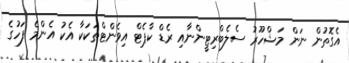
އެގޮތުން ނަން މަޝްހޫރު ސެލެބްރިޓީންނާއި ރެޑް ކާޕެޓް އިވެންޓްތަކަކާ އެކު އެންމެ ފަހުގެ